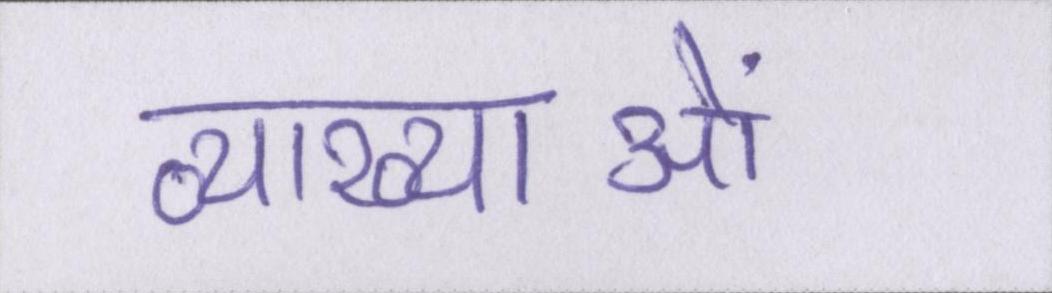
व्याख्याओं